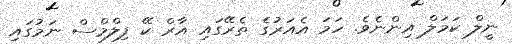
ނީލް ކަމަލް އިންނެވެ. ހަމަ އެއަރުގެ ތެރޭގައި އާރް ކޭ ފިލްމްސް ނަމުގައި